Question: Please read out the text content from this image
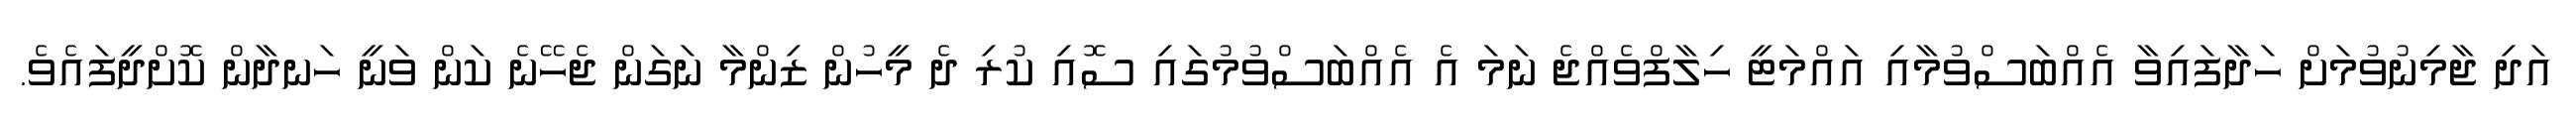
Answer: އަދި ޖާމިނުވުމަށް ހަދާފައިވާ އެއްބަސްވުމާއި އައްމަޓީ ހިލާފްވެއްޖެ ނަމަ އެ އެއްބަސްވުމުގައި ސޮއި ކުރި ދެ މީހުން ޒިންމާ ނަގަން ޖެހޭނެ ކަން ވަނީ ހަނދާން ކޮށްދީފައެވެ.